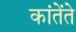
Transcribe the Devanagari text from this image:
कांतेंते